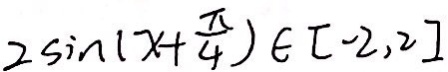
2 5 i n ( x + \frac { \pi } { 4 } ) \in [ - 2 , 2 ]